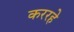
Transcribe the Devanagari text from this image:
कररहे